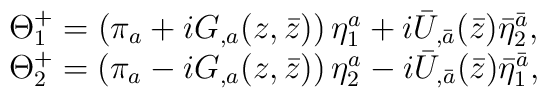
\begin{array}{c} \Theta^+_1=\left(\pi_a+iG_{,a}(z,\bar z)\right)\eta^a_1 +i {\bar U}_{,\bar a}({\bar z}){\bar \eta}^{\bar a}_2,\\ \Theta^+_2=\left(\pi_a-iG_{,a}(z,\bar z)\right)\eta^a_2 -i {\bar U}_{,{\bar a}}({\bar z}){\bar \eta}^{\bar a}_1,\end{array}